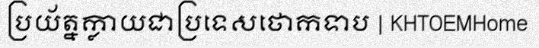
ប្រយ័ត្នក្លាយជាប្រទេសថោកទាប | KHTOEMHome